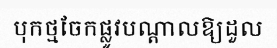
បុកថ្មចែកផ្លូវបណ្តាលឱ្យដួល